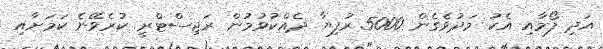
އަދި ފޯމާއި އެކު މަދުވެގެން 5000 ރުފިޔާ ދެއްކުވުމުން ރަޖިސްޓްރީ ކުރެވޭނެ ކަމަށާއި